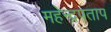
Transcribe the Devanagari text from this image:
महेन्द्रपताप